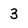
Character: 3